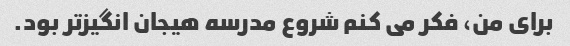
برای من، فکر می کنم شروع مدرسه هیجان انگیزتر بود.